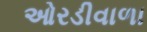
ઓરડીવાળા